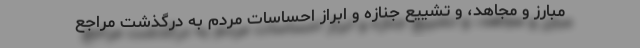
مبارز و مجاهد، و تشییع جنازه و ابراز احساسات مردم به درگذشت مراجع